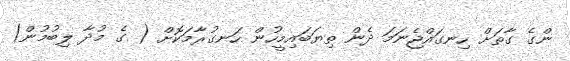
ންގެ ގާތަށް ހިނގައްޖެނަމަ ދެން ތިޔަބައިމީހުން ހަނގުރާމަކޮށް ( ގެ މުދާ ލިބުމުން)